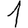
Digit: 1